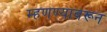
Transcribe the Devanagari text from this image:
म्हणण्यावरून